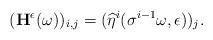
LaTeX: \begin{align*}(\mathbf{H}^{\epsilon}(\omega))_{i,j}=(\widehat\eta^{i}(\sigma^{i-1}\omega,\epsilon))_{j}.\end{align*}